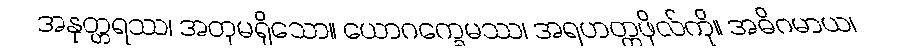
အနုတ္တရဿ၊ အတုမရှိသော။ ယောဂက္ခေမဿ၊ အရဟတ္တဖိုလ်ကို။ အဓိဂမာယ၊